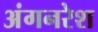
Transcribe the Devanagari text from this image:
अंगनरेश